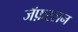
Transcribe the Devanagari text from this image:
जॅफ़रसन